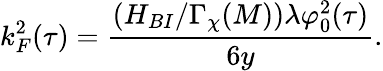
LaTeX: k_{F}^{2}(\tau)=\frac{(H_{BI}/\Gamma_{\chi}(M))\lambda\varphi_{0}^{2}(\tau)}{6y}.